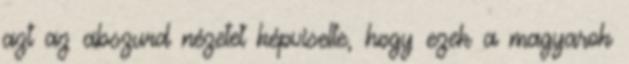
azt az abszurd nézetet képviselte, hogy ezek a magyarok